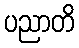
ပညာတိ